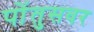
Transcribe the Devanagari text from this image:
पोंतुसवर